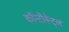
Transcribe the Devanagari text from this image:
कॉन्टीनेन्ट्ल